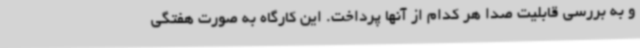
و به بررسی قابلیت صدا هر کدام از آنها پرداخت. این کارگاه به صورت هفتگی